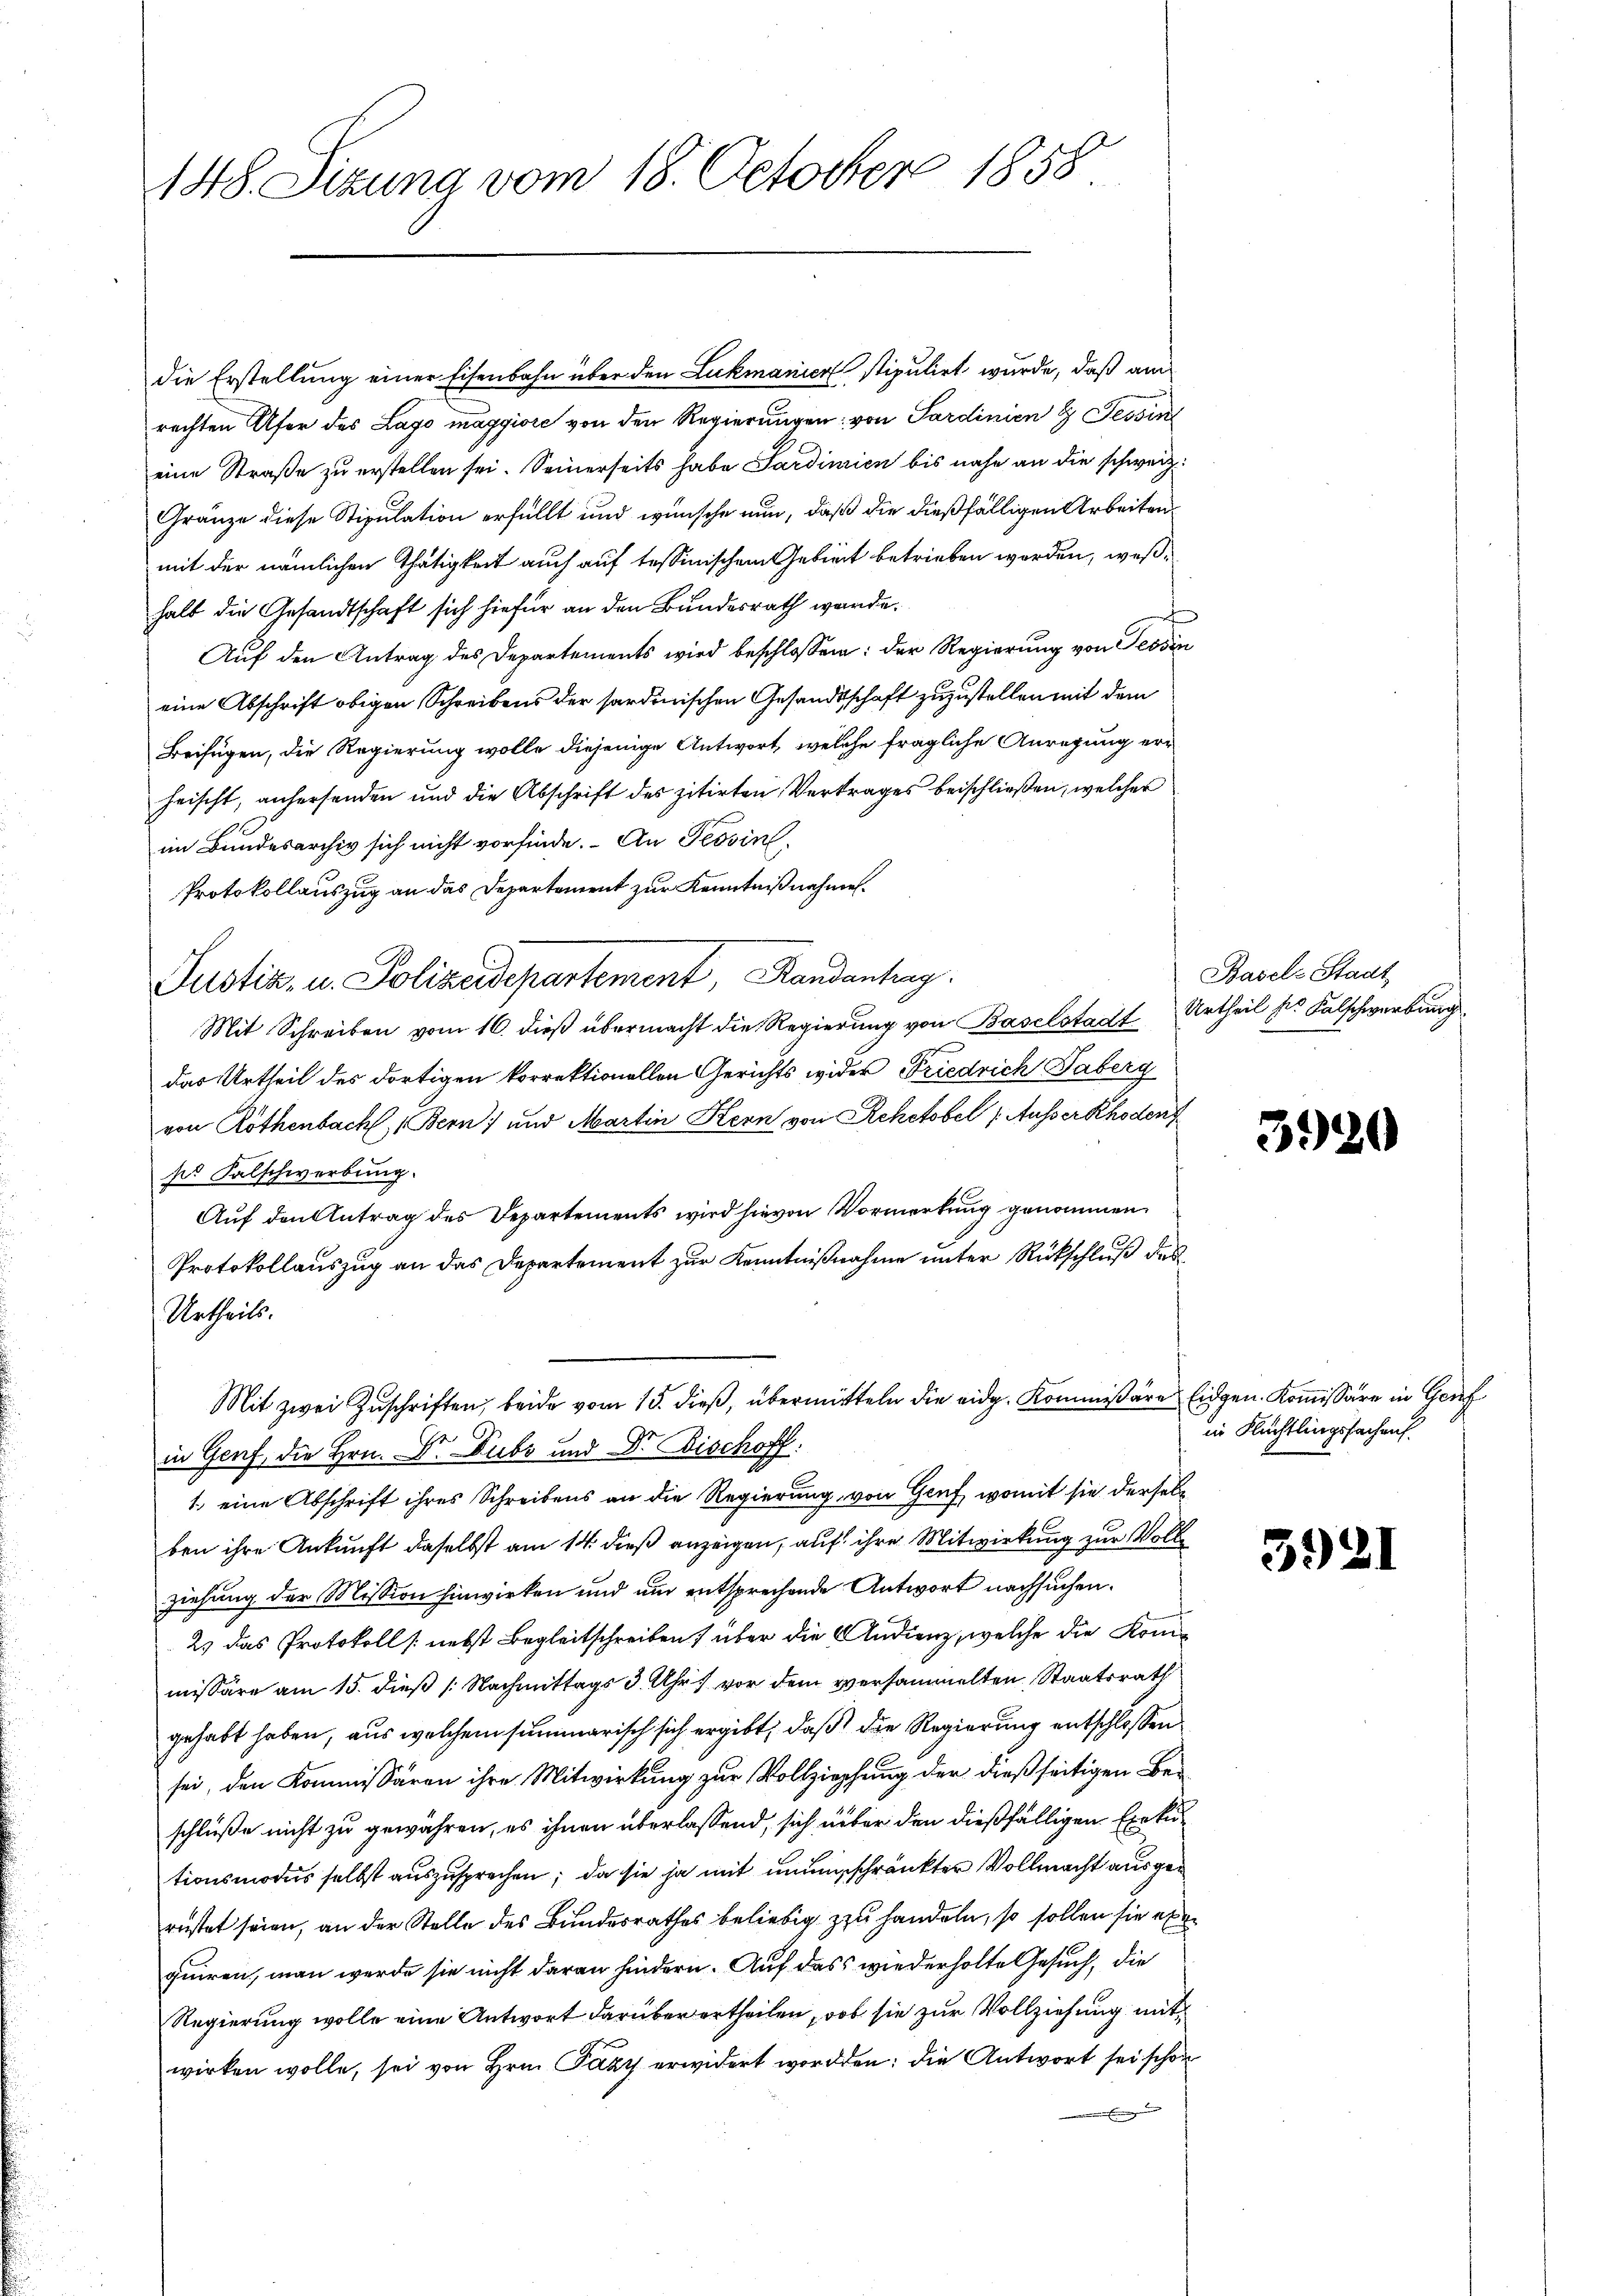
148. Sitzung vom 18. October 1858

die Erstellung einer Eisenbahn über den Lukmanica stipulirt wurde, daß am
rechten Ufer des Lago maggiore von den Regierungen; von Sardinien 8 Tessin
eine Straße zu erstellen sei. Seinerseits habe Sardinien bis nahe an die schweiz
Gränze diese Stipulation erfüllt und wünsche nun, daß die dießfälligen Arbeiten
mit der nämlichen Thätigkeit auch auf tessinischem Gebiert betrieben worden, weßhalb die Gesandtschaft sich hiefür an den Bundesrath wurde.
Auf den Antrag des Departements wird beschlossen: der Regierung von Tessin
eine Abschrift obigen Schreibens der sardenischen Gesandtschaft zuzustellen mit dem
Beifügen, die Regierung wolle diejenige Antwort, welche fragliche Anregung erheischt, anhersenden und die Abschrift des zitirten Vertrages beschließen, welcher
.
im Bundesarchiv sich nicht vorfinde. An Tessin
Protokollauszug an das Departement zur Kenntnißnahmen.
Justiz- u. Polizeidepartement, Randanhag
Mit Schreiben vom 16. dieß übermacht die Regierung von Baselstadt Urtheil des Kalschwerbung
das Urtheil des dortigen korrektionellen Gerichts wider Friedrich Taberg
von Rothenbach, Bern) und Martin Kern von Rehetobel (Ausser Rhodens
pr Falschwerbung.
Auf den Antrag des Departements wird hievon Vormerkung genommen
Protokollauszug an das Departement zur Kenntnißnahme unter Rückschluß des
Urtheils.
Mit zwei Zuschriften, beide vom 15. dieß, übermitteln die eidg. Kommissäre Eidgen. Kommissäre in Genf
in Genf, die Hrn. Dr. Dubs und Dr. Bischoff
1. eine Abschrift ihres Schreibens an die Regierung von Gruf, womit sie derselben ihre Ankunft daselbst am 14. dieß anzeigen, auf ihre Mitwirkung zur Volle
ziehung der Mission hinwirken und um entsprechende Antwort nachsuchen.
2) das Protokoll /: nebst Begleitschreiben über die Andienz, welche die Konimissäre am 15. dieß (: Nachmittags 3 Uhr vor dem versammelten Staatsrath
gehabt haben, aus welchem summarisch sich ergibt, daß die Regierung entschlossen
sei, den Kommissären ihre Mitwirkung zur Vollziehung der dießseitigen Be-
schluße nicht zu gewähren, es ihnen überlassend, sich über den dießfälligen Exekutionsmodus selbst auszusprechen; da sie ja mit unungeschränkter Vollmacht ausgerüstet seien, an der Stelle des Bundesrathes beliebig zu handeln, so sollen sie eben
quiren, man werde sie nicht daran hindern. Auf dass wiederholte Gesuch, die
Regierung wolle eine Antwort darüber ertheilen, ob sie zur Vollziehung mit
wirken wolle, sei von Hrn. Pazy erwidert worden: die Antwort sei schon
E

Basel-Stadt

3920

in Flüchtlingssachen

3921